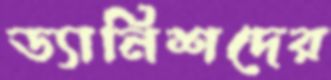
ড্যানিশদের